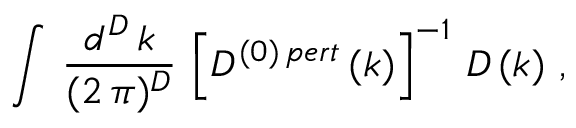
\int \, \frac { d ^ { D } \, k } { ( 2 \, \pi ) ^ { D } } \, \left[ D ^ { ( 0 ) \, p e r t } \, ( k ) \right] ^ { - 1 } \, D \, ( k ) \, \, ,